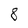
Character: 8